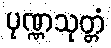
ပုဏ္ဏသုတ္တံ